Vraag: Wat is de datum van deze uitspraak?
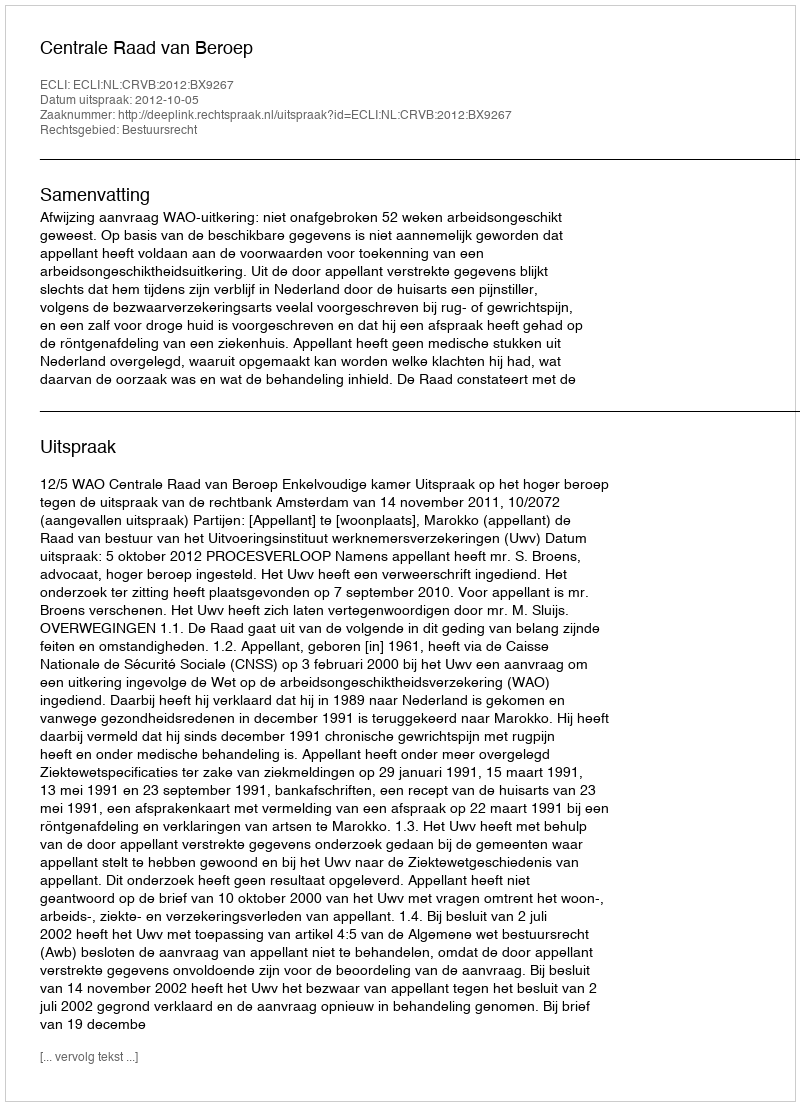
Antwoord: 2012-10-05